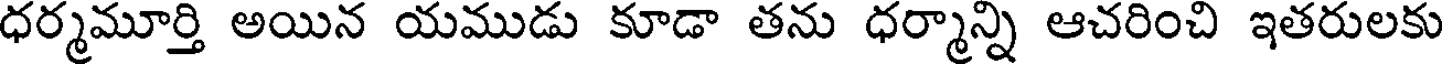
ధర్మమూర్తి అయిన యముడు కూడా తను ధర్మాన్ని ఆచరించి ఇతరులకు